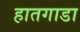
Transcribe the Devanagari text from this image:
हातगाडा